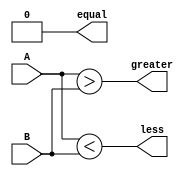
module Parallel_Comparator (
    input [7:0] A,
    input [7:0] B,
    output equal,
    output greater,
    output less
);

wire [7:0] eq, gt, lt;

assign equal = &eq;
assign greater = |gt;
assign less = |lt;

assign eq = (A == B);
assign gt = (A > B);
assign lt = (A < B);

endmodule